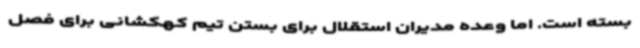
بسته است. اما وعده مدیران استقلال برای بستن تیم کهکشانی برای فصل